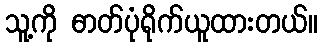
သူ့ကို ဓာတ်ပုံရိုက်ယူထားတယ်။